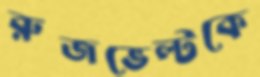
রুজভেল্টকে